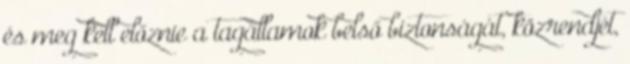
és meg kell előznie a tagállamok belső biztonságát, közrendjét,